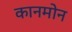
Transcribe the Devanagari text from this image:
कानमोन